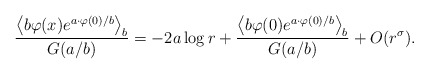
\begin{align*}\frac{\left\langle b\varphi (x)e^{a\cdot \varphi (0)/b}\right\rangle _b}{G(a/b)}=-2a\log r+\frac{\left\langle b\varphi (0)e^{a\cdot \varphi(0)/b}\right\rangle _b}{G(a/b)}+O(r^\sigma ). \end{align*}